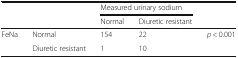
<table><thead><tr><td rowspan="2" colspan="2"></td><td colspan="2"><b>Measured urinary sodium</b></td><td rowspan="2"></td></tr><tr><td><b>Normal</b></td><td><b>Diuretic resistant</b></td></tr></thead><tbody><tr><td>FeNa</td><td>Normal</td><td>154</td><td>22</td><td><i>p</i> &lt; 0.001</td></tr><tr><td></td><td>Diuretic resistant</td><td>1</td><td>10</td><td></td></tr></tbody></table>